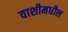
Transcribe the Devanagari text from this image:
वाशीमधील